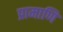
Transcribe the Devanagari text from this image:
प्रामाणि